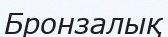
Бронзалық